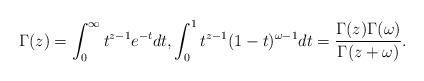
LaTeX: \begin{align*}\Gamma(z)=\int_{0}^{\infty}t^{z-1}e^{-t}dt, \int_{0}^{1}t^{z-1}(1-t)^{\omega-1}dt = \frac{\Gamma(z)\Gamma(\omega)}{\Gamma(z+\omega)}.\end{align*}